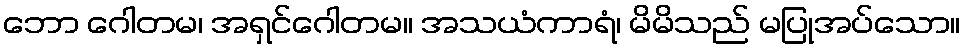
ဘော ဂေါတမ၊ အရှင်ဂေါတမ။ အသယံကာရံ၊ မိမိသည် မပြုအပ်သော။